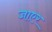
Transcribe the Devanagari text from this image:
जाएर